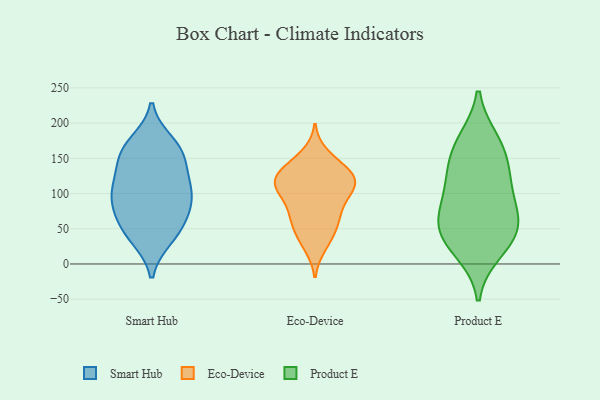
{"axis": {"x": "Backlog", "y": "Value"}, "legend": ["Eco-Device", "Product E", "Smart Hub"], "data": [{"x": "", "y": 151, "type": "Smart Hub"}, {"x": "", "y": 173, "type": "Smart Hub"}, {"x": "", "y": 54, "type": "Smart Hub"}, {"x": "", "y": 82, "type": "Smart Hub"}, {"x": "", "y": 103, "type": "Smart Hub"}, {"x": "", "y": 161, "type": "Smart Hub"}, {"x": "", "y": 117, "type": "Smart Hub"}, {"x": "", "y": 116, "type": "Smart Hub"}, {"x": "", "y": 87, "type": "Smart Hub"}, {"x": "", "y": 38, "type": "Smart Hub"}, {"x": "", "y": 36, "type": "Smart Hub"}, {"x": "", "y": 165, "type": "Smart Hub"}, {"x": "", "y": 107, "type": "Smart Hub"}, {"x": "", "y": 58, "type": "Smart Hub"}, {"x": "", "y": 81, "type": "Smart Hub"}, {"x": "", "y": 147, "type": "Smart Hub"}, {"x": "", "y": 88, "type": "Eco-Device"}, {"x": "", "y": 116, "type": "Eco-Device"}, {"x": "", "y": 32, "type": "Eco-Device"}, {"x": "", "y": 118, "type": "Eco-Device"}, {"x": "", "y": 25, "type": "Eco-Device"}, {"x": "", "y": 143, "type": "Eco-Device"}, {"x": "", "y": 54, "type": "Eco-Device"}, {"x": "", "y": 68, "type": "Eco-Device"}, {"x": "", "y": 116, "type": "Eco-Device"}, {"x": "", "y": 110, "type": "Eco-Device"}, {"x": "", "y": 79, "type": "Eco-Device"}, {"x": "", "y": 138, "type": "Eco-Device"}, {"x": "", "y": 97, "type": "Eco-Device"}, {"x": "", "y": 50, "type": "Eco-Device"}, {"x": "", "y": 118, "type": "Eco-Device"}, {"x": "", "y": 155, "type": "Eco-Device"}, {"x": "", "y": 107, "type": "Eco-Device"}, {"x": "", "y": 63, "type": "Eco-Device"}, {"x": "", "y": 131, "type": "Eco-Device"}, {"x": "", "y": 123, "type": "Eco-Device"}, {"x": "", "y": 124, "type": "Product E"}, {"x": "", "y": 168, "type": "Product E"}, {"x": "", "y": 58, "type": "Product E"}, {"x": "", "y": 47, "type": "Product E"}, {"x": "", "y": 174, "type": "Product E"}, {"x": "", "y": 19, "type": "Product E"}, {"x": "", "y": 104, "type": "Product E"}, {"x": "", "y": 57, "type": "Product E"}, {"x": "", "y": 141, "type": "Product E"}, {"x": "", "y": 85, "type": "Product E"}, {"x": "", "y": 35, "type": "Product E"}]}